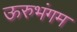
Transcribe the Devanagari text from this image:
ऊरुभंगम